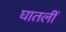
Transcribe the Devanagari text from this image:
घातलीं